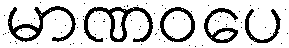
မာဏဝပေ